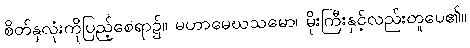
စိတ်နှလုံးကိုပြည့်စေရာ၌။ မဟာမေဃသမော၊ မိုးကြီးနှင့်လည်းတူပေ၏။